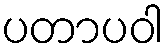
ပတာပဝါ